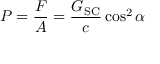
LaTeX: P = { \frac { F } { A } } = { \frac { G _ { \mathrm { S C } } } { c } } \cos ^ { 2 } \alpha